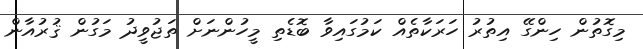
މިގޮތުން ހިންގޭ އިތުރު ހަރަކާތެއް ކަމުގައިވާ ބޮޑެތި މީހުންނަށް ތަޖުވީދު މަގުން ޤުރުއާން